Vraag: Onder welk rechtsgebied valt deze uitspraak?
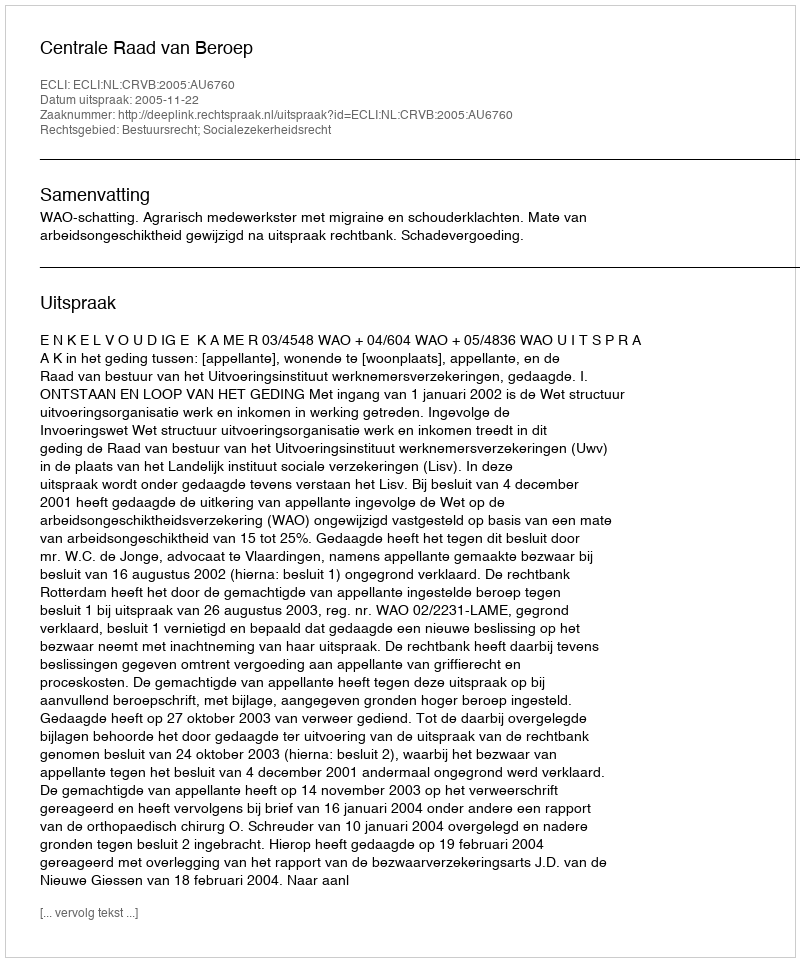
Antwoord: Bestuursrecht; Socialezekerheidsrecht